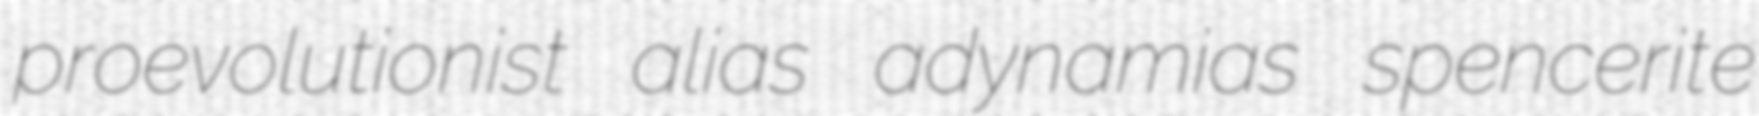
proevolutionist alias adynamias spencerite